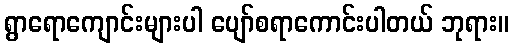
ရွာရောကျောင်းများပါ ပျော်စရာကောင်းပါတယ် ဘုရား။